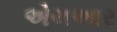
એચઆર